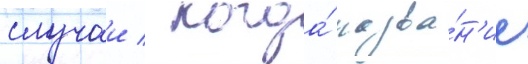
случаи / когда́ назва́н'ие